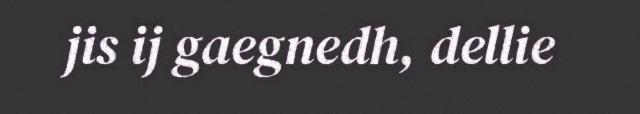
jis ij gaegnedh, dellie